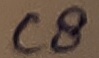
Text: C8